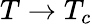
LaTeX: T\to T_{c}